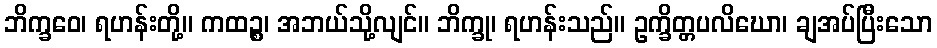
ဘိက္ခဝေ၊ ရဟန်းတို့။ ကထဉ္စ၊ အဘယ်သို့လျင်။ ဘိက္ခု၊ ရဟန်းသည်။ ဥက္ခိတ္တပလိဃော၊ ချအပ်ပြီးသော